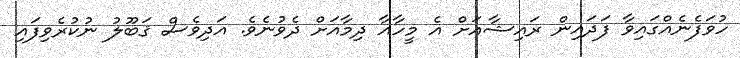
ހުވަފެނެއްގައިވާ ފަދައިން ރައިޝާއަށް އެ މީހާއާ ދިމާއަށް ދެވުނެވެ. އަދިވެސް ޤަބޫލު ނުކުރެވިފައި